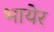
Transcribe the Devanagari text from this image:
भायेर